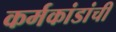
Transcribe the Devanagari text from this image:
कर्मकांडांची